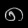
Digit: ၈